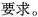
要求。